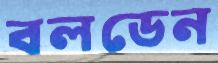
বলডেন